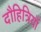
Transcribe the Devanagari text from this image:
दौहित्रियाँ